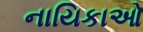
નાયિકાઓ